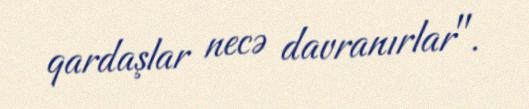
qardaşlar necə davranırlar".